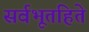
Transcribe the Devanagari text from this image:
सर्वभूतहिते